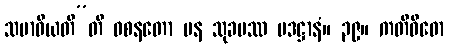
သမာဓိယတီ”တိ ဝစနတော ပန သုခမဿ ပဒဋ္ဌာနံ။ ၃၉။ ကတိဝိဓော